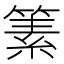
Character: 𥱨